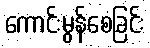
ကောင်းမွန်စေခြင်း